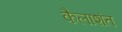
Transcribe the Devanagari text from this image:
कैलाशंत